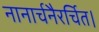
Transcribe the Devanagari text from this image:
नानार्चनैरर्चित।